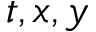
t , x , y